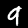
Digit: 9